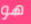
هو